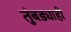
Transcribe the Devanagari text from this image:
तुंबड्याही